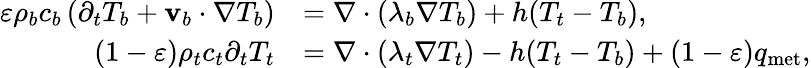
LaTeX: \begin{array}{rl}{\varepsilon\rho_{b}c_{b}\left(\partial_{t}T_{b}+\mathbf v_{b}\cdot\nabla T_{b}\right)}&{=\nabla\cdot(\lambda_{b}\nabla T_{b})+h(T_{t}-T_{b}),}\\ {(1-\varepsilon)\rho_{t}c_{t}\partial_{t}T_{t}}&{=\nabla\cdot(\lambda_{t}\nabla T_{t})-h(T_{t}-T_{b})+(1-\varepsilon)q_{\textrm{met}},}\end{array}